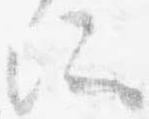
所